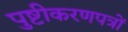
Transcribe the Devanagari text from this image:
पुष्टीकरणपत्रों